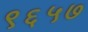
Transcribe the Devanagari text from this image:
९६५७